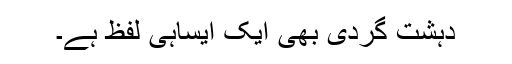
دہشت گردی بھی ایک ایساہی لفظ ہے۔